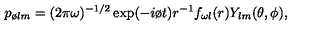
p _ { \o l m } = ( 2 \pi \omega ) ^ { - 1 / 2 } \exp ( - i \o t ) r ^ { - 1 } f _ { \omega l } ( r ) Y _ { l m } ( \theta , \phi ) ,